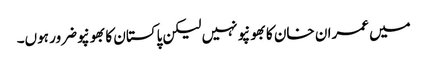
میں عمران خان کا بھونپو نہیں لیکن پاکستان کا بھونپو ضرور ہوں۔